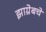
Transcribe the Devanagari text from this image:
झाग्रेबचे